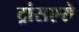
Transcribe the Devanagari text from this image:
ट्रांसएरो